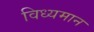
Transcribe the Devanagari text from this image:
विध्‍यमान